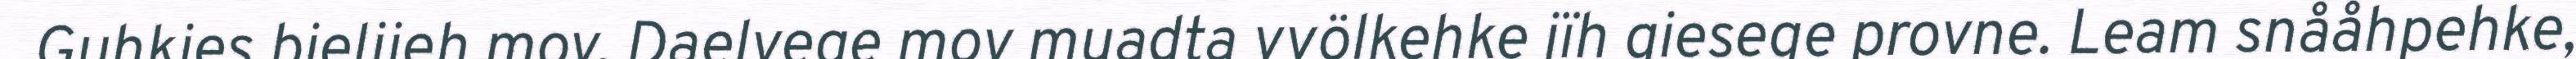
Guhkies bieljieh mov. Daelvege mov muadta vyölkehke jïh giesege provne. Leam snååhpehke,